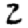
Digit: 2